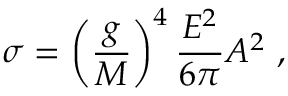
\sigma = \left( { \frac { g } { M } } \right) ^ { 4 } { \frac { E ^ { 2 } } { 6 \pi } } A ^ { 2 } ~ ,